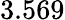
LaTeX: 3.569